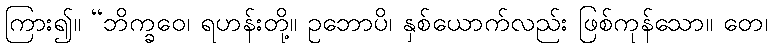
ကြား၍။ “ဘိက္ခဝေ၊ ရဟန်းတို့။ ဥဘောပိ၊ နှစ်ယောက်လည်း ဖြစ်ကုန်သော။ တေ၊